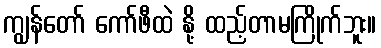
ကျွန်တော် ကော်ဖီထဲ နို့ ထည့်တာမကြိုက်ဘူး။